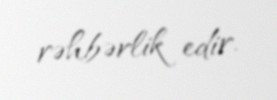
rəhbərlik edir.